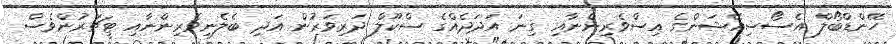
ހޭންޑްބޯލް އެސޯސިއޭޝަންގެ އިސްވެރިންނާއި ގިނަ އަދަދެއްގެ ސްކޫލް ދަރިވަރުން އަދި ބެލެނިވެރިންނާއި ޓީޗަރުންވެސް